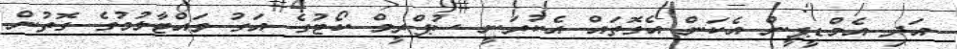
އަދި އެމްޑީޕީން އެކަން އެގޮތައް އެކުރަނީ ސުޕްރީމް ކޯޓުގެ އަގު ވައްޓާލުމުގެ ގޮތުން